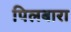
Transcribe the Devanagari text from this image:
पिलबारा